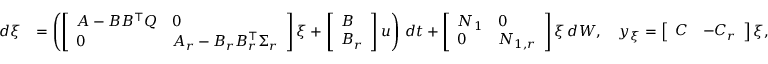
\begin{array} { r l } { d \xi } & { = \left( \left[ \begin{array} { l l } { A - B B ^ { \top } Q } & { 0 } \\ { 0 } & { A _ { r } - B _ { r } B _ { r } ^ { \top } \Sigma _ { r } } \end{array} \right] \xi + \left[ \begin{array} { l } { B } \\ { B _ { r } } \end{array} \right] u \right) \, d t + \left[ \begin{array} { l l } { N _ { 1 } } & { 0 } \\ { 0 } & { N _ { 1 , r } } \end{array} \right] \xi \, d W , \quad y _ { \xi } = \left[ \begin{array} { l l } { C } & { - C _ { r } } \end{array} \right] \xi , } \end{array}